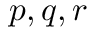
p , q , r